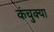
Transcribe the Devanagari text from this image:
कंचुक्या